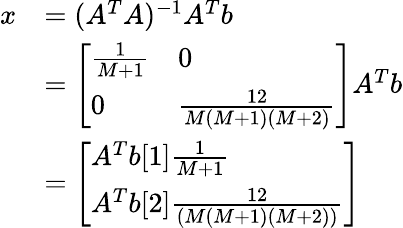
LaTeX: \begin{array}{rl}{x}&{=(A^{T}A)^{-1}A^{T}b}\\ &{=\left[\begin{array}{ll}{\frac{1}{M+1}}&{0}\\ {0}&{\frac{12}{M(M+1)(M+2)}}\end{array}\right]A^{T}b}\\ &{=\left[\begin{array}{l}{A^{T}b[1]\frac{1}{M+1}}\\ {A^{T}b[2]\frac{12}{(M(M+1)(M+2))}}\end{array}\right]}\end{array}